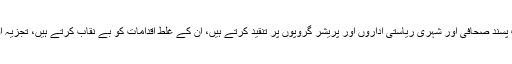
دنیا بھر میں انصاف پسند صحافی اور شہری ریاستی اداروں اور پریشر گروپوں پر تنقید کرتے ہیں، ان کے غلط اقدامات کو بے نقاب کرتے ہیں، تجزیہ اور تحلیل کرتے ہیں۔